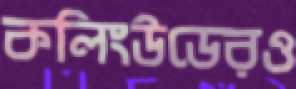
কলিংউডেরও